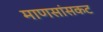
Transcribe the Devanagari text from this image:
माणसांसकट